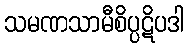
သမဏသာမီစိပ္ပဋိပဒါ